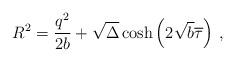
LaTeX: \begin{align*}R^2=\frac{q^2}{2b}+\sqrt{\Delta}\cosh\left(2\sqrt{b}\overline{\tau}\right)\,,\end{align*}